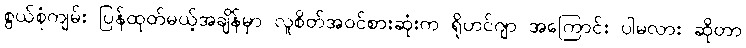
စွယ်စုံကျမ်း ပြန်ထုတ်မယ့်အချိန်မှာ လူစိတ်အဝင်စားဆုံးက ရိုဟင်ဂျာ အကြောင်း ပါမလား ဆိုတာ